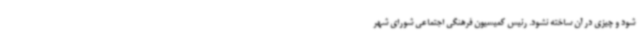
شود و چیزی در آن ساخته نشود. رئیس کمیسیون فرهنگی اجتماعی شورای شهر